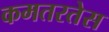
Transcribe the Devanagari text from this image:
कमतरतेस